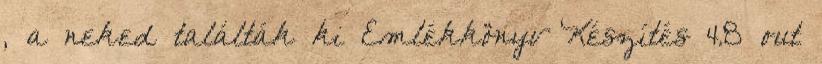
, a neked találták ki Emlékkönyv Készítés 4.8 out